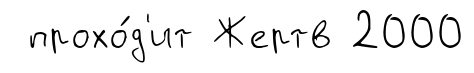
прохо́д'ит Жертв 2000